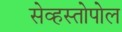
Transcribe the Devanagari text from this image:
सेव्हस्तोपोल